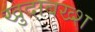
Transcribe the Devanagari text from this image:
खुदाबख्श